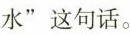
水”这句话。